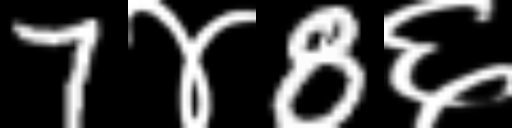
Text: 7४8६